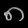
Digit: ၈